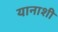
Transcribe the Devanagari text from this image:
यानाशी